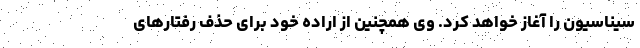
سیناسیون را آغاز خواهد کرد. وی همچنین از اراده خود برای حذف رفتارهای